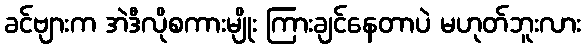
ခင်ဗျားက အဲဒီလိုစကားမျိုး ကြားချင်နေတာပဲ မဟုတ်ဘူးလား